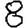
Digit: 8